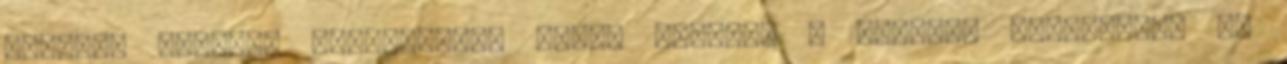
cirkáló rakéták elindulnak, benne leszünk a szíriai háborúban. Ez